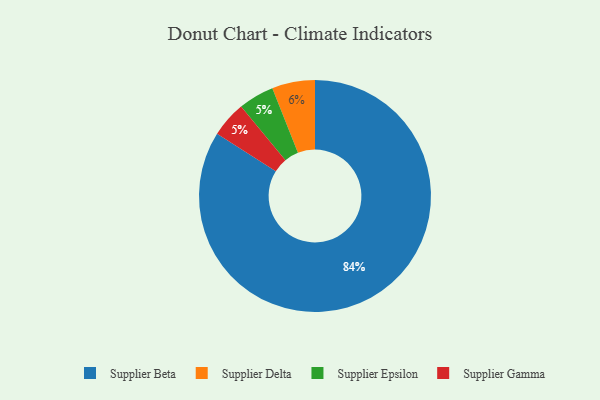
{"axis": {"x": "Category", "y": "Percentage"}, "legend": ["Supplier Beta", "Supplier Delta", "Supplier Epsilon", "Supplier Gamma"], "data": [{"x": "Supplier Epsilon", "y": 5, "type": "Supplier Epsilon"}, {"x": "Supplier Gamma", "y": 5, "type": "Supplier Gamma"}, {"x": "Supplier Beta", "y": 84, "type": "Supplier Beta"}, {"x": "Supplier Delta", "y": 6, "type": "Supplier Delta"}]}